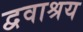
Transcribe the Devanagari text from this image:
द्ववाश्रय